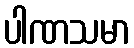
ပါဏသမာ